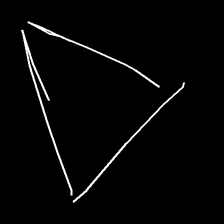
Glyph: convergence